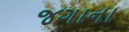
જગાના